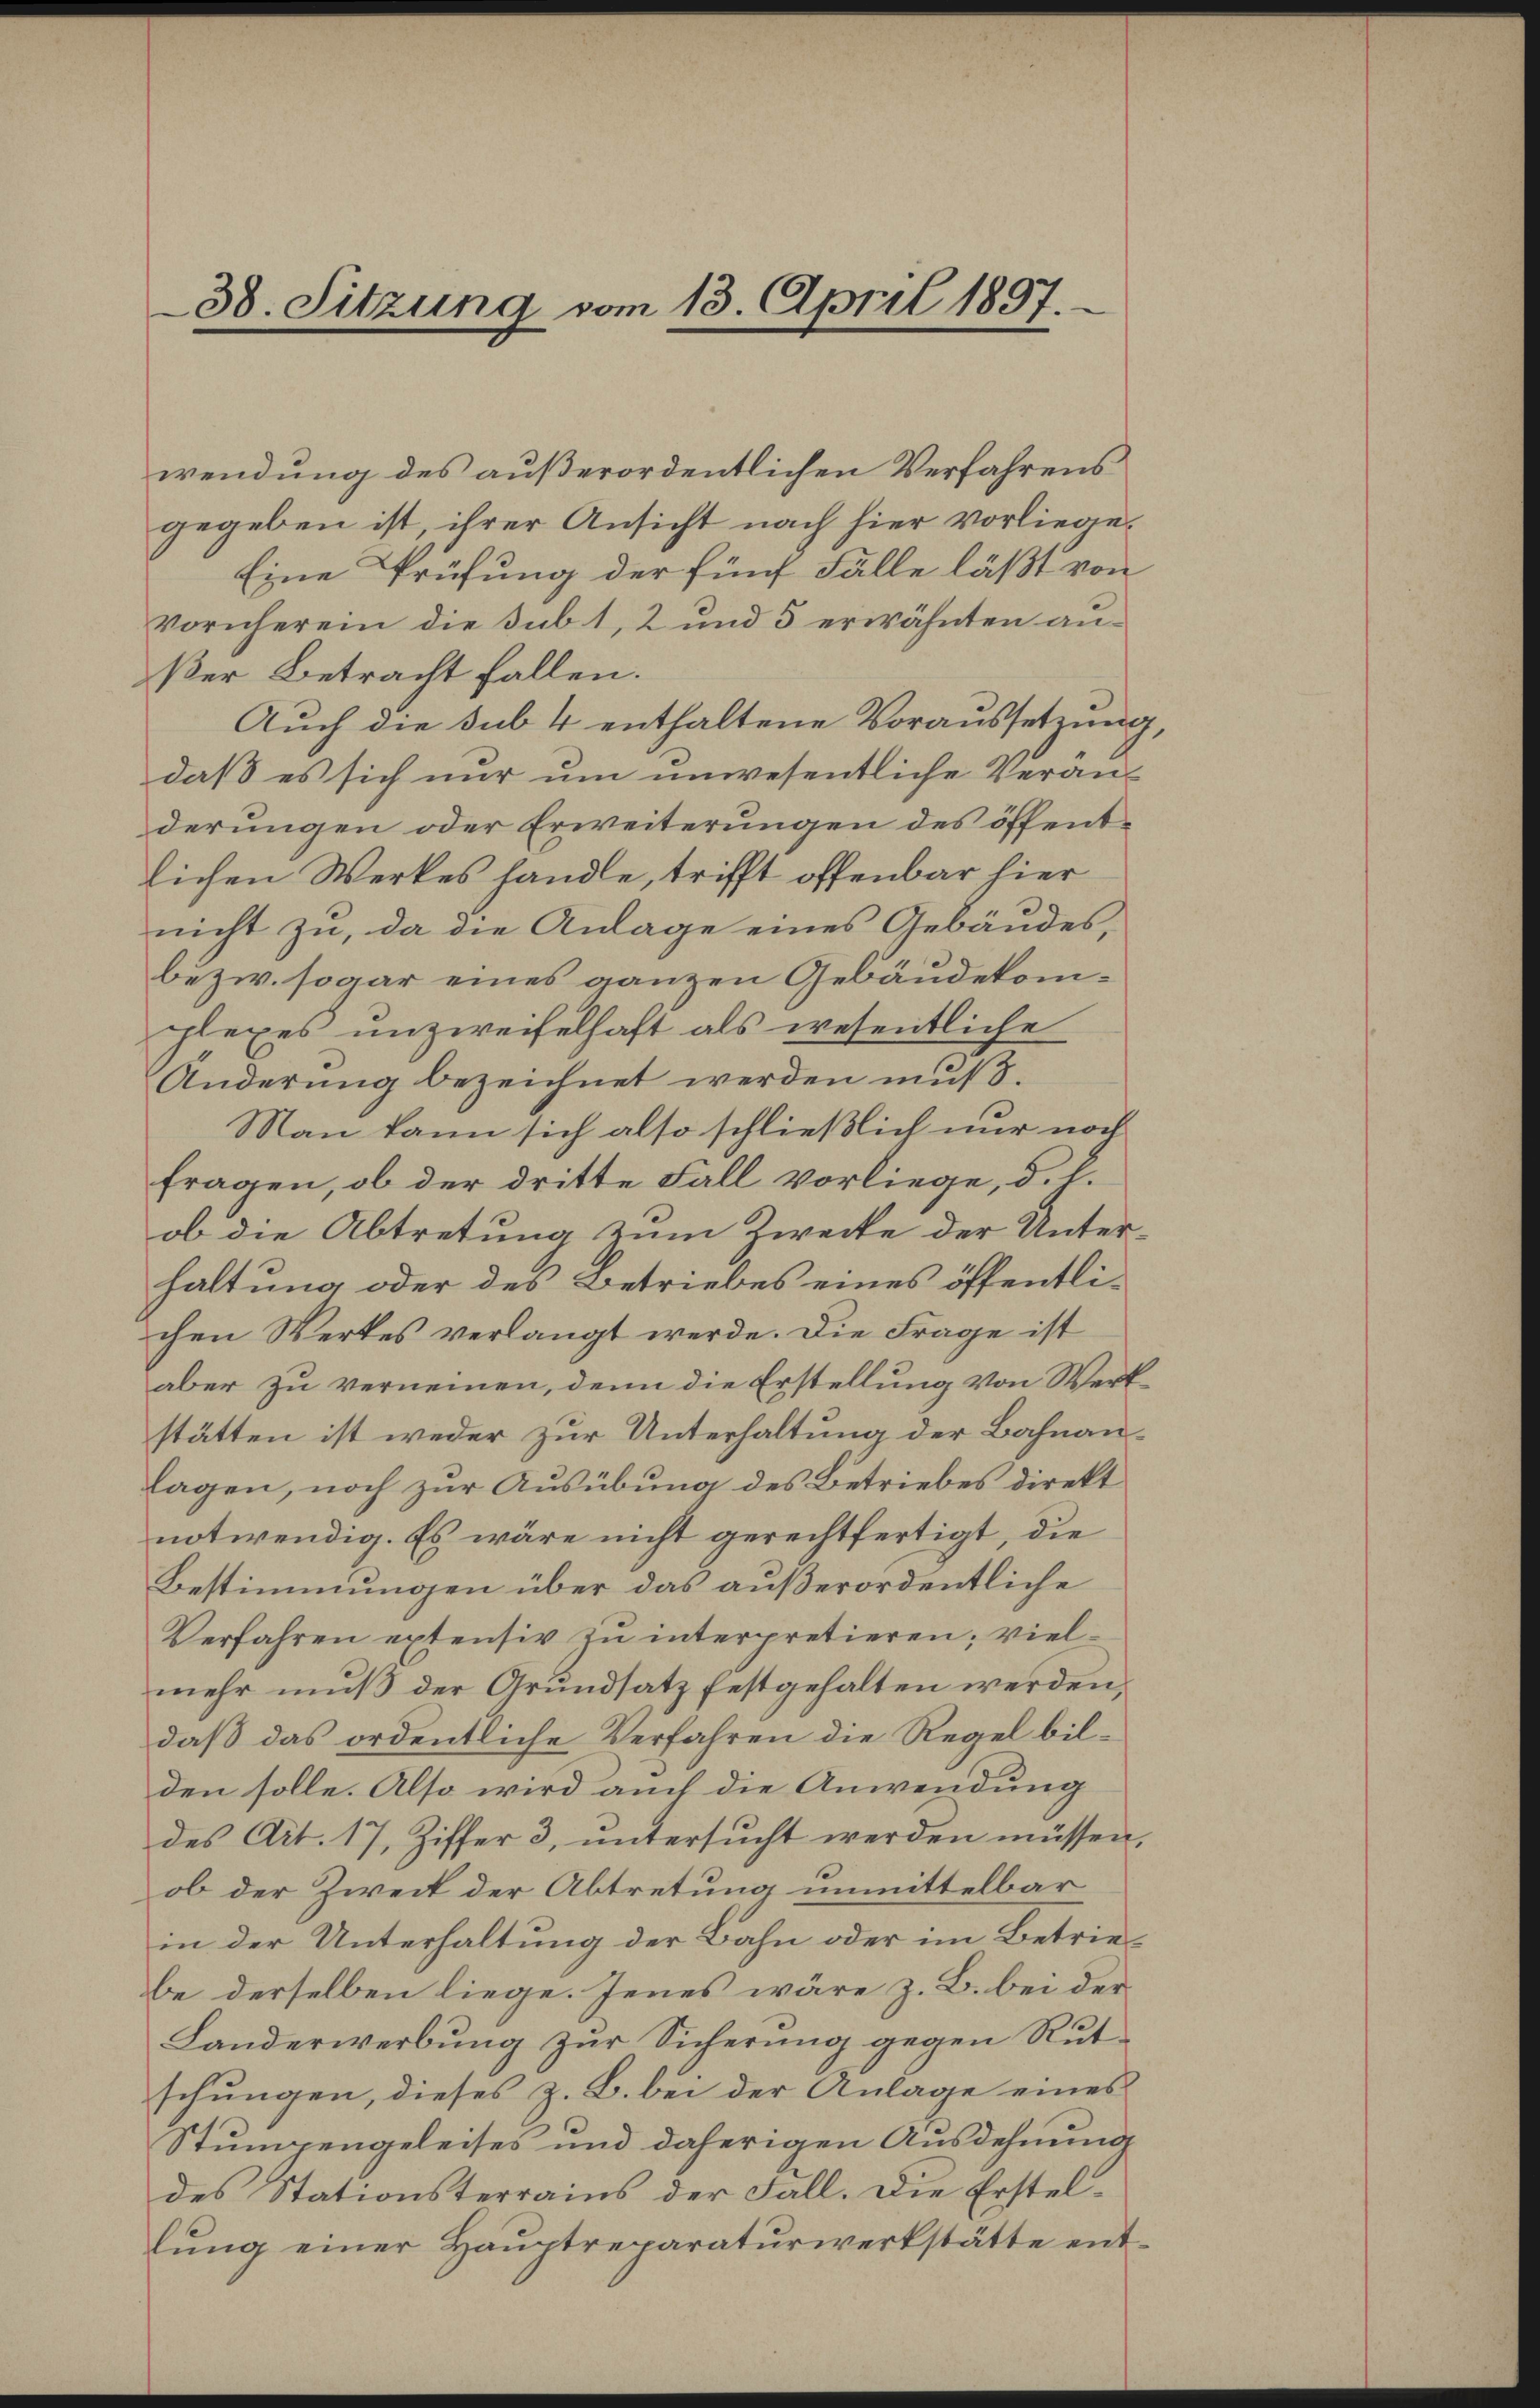
38. Sitzung vom 13. April 1897.

wendung des außerordentlichen Verfahrens
gegeben ist, ihrer Ansicht nach hier vorliege¬
Eine Prüfung der fünf Fälle läßt von
vornherein die sub 1, 2 und 5 erwähnten außer Betracht fallen.
Auch die sub 4 enthaltene Voraussetzung.
daß es sich nur um unwesentliche Veranderungen oder Erweiterungen des öffentlichen Werkes handle, trifft offenbar hier
nicht zu, da die Anlage eines Gebäudes,
bezw. sogar eines ganzen Gebäudekomplexes unzweifelhaft als wesentliche
Änderung bezeichnet werden muß.
Man kann sich also schließlich nur noch
fragen, ob der dritte Fall vorliege, d. l.
ob die Abtretung zum Zwecke der Unter-
haltung oder des Betriebes eines öffentlichen Werkes verlangt werde. Die Frage ist
aber zu verneinen, denn die Erstellung von Wert
stätten ist weder zur Unterhaltung der Bahnanlagen, noch zur Ausübung des Betriebes direkt
notwendig. Es wäre nicht gerechtfertigt, die
Bestimmungen über das außerordentliche
Verfahren extensiv zu interpretieren; vielmehr muß der Grundsatz festgehalten werden.
daß das ordentliche Verfahren die Regel bilden solle. Also wird auch die Anwendung
des Art. 17, Ziffer 3, untersucht werden müssen,
ob der Zweck der Abtretung unmittelbar
in der Unterhaltung der Bahn oder im Betriebe derselben liege. Jenes wäre z. B. bei der
Landerwerbung zur Sicherung gegen Rutschungen, dieses z. B. bei der Anlage eines
Stumpengeleises und daherigen Ausdehnung
des Stationsterrains der Fall. Die Erstellŭng einer Haŭptreparaturwerkstätte ent¬